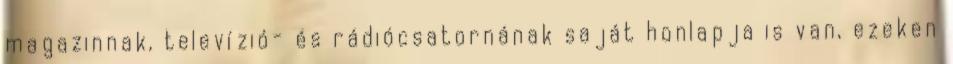
magazinnak, televízió- és rádiócsatornának saját honlapja is van, ezeken